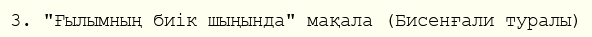
3. "Ғылымның биік шыңында" мақала (Бисенғали туралы)